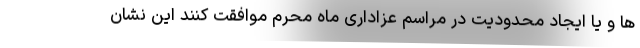
ها و یا ایجاد محدودیت در مراسم عزاداری ماه محرم موافقت کنند این نشان